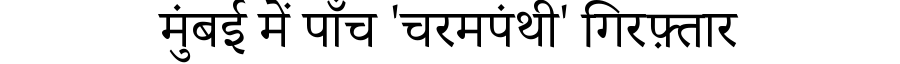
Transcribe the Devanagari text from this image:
मुंबई में पाँच 'चरमपंथी' गिरफ़्तार